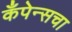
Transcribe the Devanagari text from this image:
कँपेन्सचा